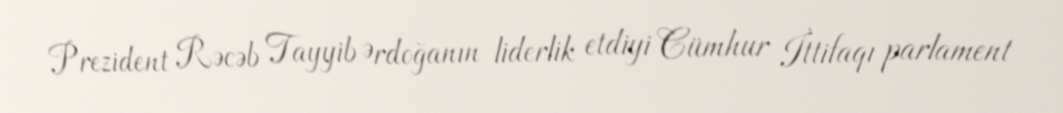
Prezident Rəcəb Tayyib Ərdoğanın liderlik etdiyi Cümhur İttifaqı parlament